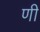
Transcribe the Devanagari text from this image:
णी